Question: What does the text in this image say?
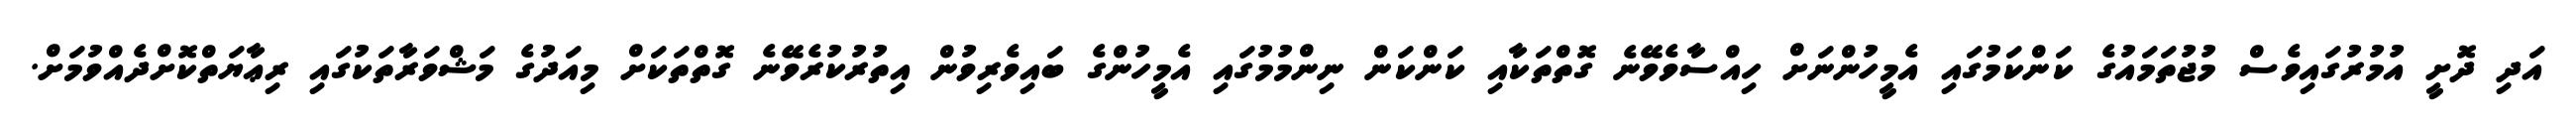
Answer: އަދި ދޮށީ އުމުރުގައިވެސް މުޖުތަމައުގެ ކަންކަމުގައި އެމީހުންނަށް ހިއްސާވެވޭނެ ގޮތްތަކާއި ކަންކަން ނިންމުމުގައި އެމީހުންގެ ބައިވެރިވުން އިތުރުކުރެވޭނެ ގޮތްތަކަށް މިއަދުގެ މަޝްވަރާތަކުގައި ރިޢާޔަތްކޮށްދެއްވުމަށް.